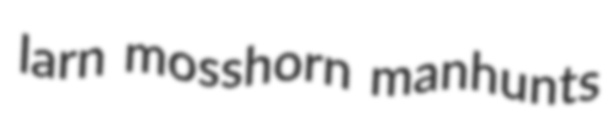
larn mosshorn manhunts